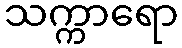
သက္ကာရော